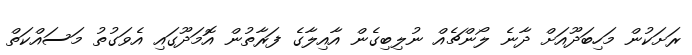
ރަށަކުން މަހިބަދޫއަށް ދާނެ ލޯންޗެއް ނުލިބިގެން އާއިލާގެ ފަރާތުން އޮމަދޫގައި އެވަގުތު މަސައްކަތް